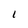
Character: 1